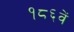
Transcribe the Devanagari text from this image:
१८६वें